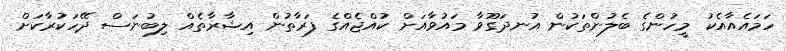
ހަމައެއާއެކު މީހުންގެ ބެލުންތަކުން އުނދަގޫވާ މައުވާއަށް ކުއްޖެއްގެ ފަރާތުން އިޝާރާތެއް ލިބުނަސް ދޭހަކުރާކަށް